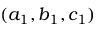
( a _ { 1 } , b _ { 1 } , c _ { 1 } )